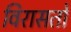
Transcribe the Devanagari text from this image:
विरासतो